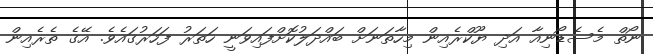
ނޯތް މެސެޑޯނިއާ އަދި ޔޫކްރެއިން މިހާތަނަށް ބައްދަލުކޮށްފައިވަނީ ހަތަރު ފަހަރުގައެވެ. އޭގެ ތެރެއިން